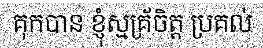
គុកបាន ខ្ញុំស្មគ្រ័ចិត្ត ប្រគល់